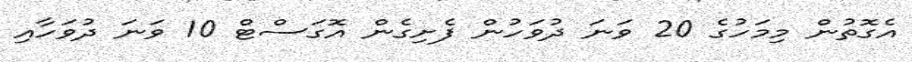
އެގޮތުން މިމަހުގެ 20 ވަނަ ދުވަހުން ފެށިގެން އޮގަސްޓް 10 ވަނަ ދުވަހާއި